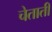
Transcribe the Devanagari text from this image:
चेताती